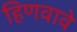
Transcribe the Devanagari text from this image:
हिणवावे